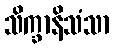
သိက္ခာနိသံသာ